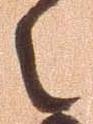
之